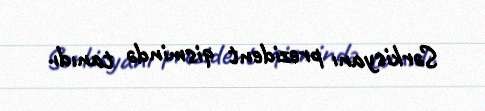
Sərkisyanı prezident qismində tanıdı.